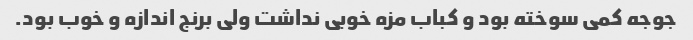
جوجه کمی سوخته بود و کباب مزه خوبی نداشت ولی برنج اندازه و خوب بود.